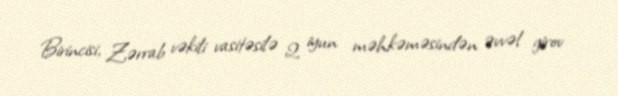
Birincisi, Zərrab vəkili vasitəsilə 2 iyun məhkəməsindən əvvəl girov